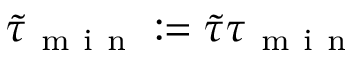
\tilde { \tau } _ { \mathrm { ~ m ~ i ~ n ~ } } : = \tilde { \tau } \tau _ { \mathrm { ~ m ~ i ~ n ~ } }